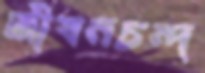
জীবনচন্দ্